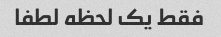
فقط یک لحظه لطفا